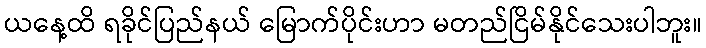
ယနေ့ထိ ရခိုင်ပြည်နယ် မြောက်ပိုင်းဟာ မတည်ငြိမ်နိုင်သေးပါဘူး။